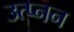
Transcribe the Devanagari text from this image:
उत्प्नन